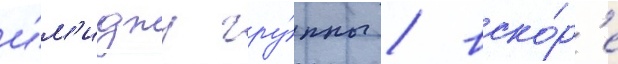
и́м'иджу гру́ппы / вско́р'е